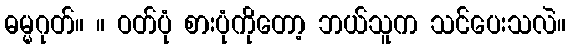
ဓမ္မဂုတ်။ ။ ဝတ်ပုံ စားပုံကိုတော့ ဘယ်သူက သင်ပေးသလဲ။